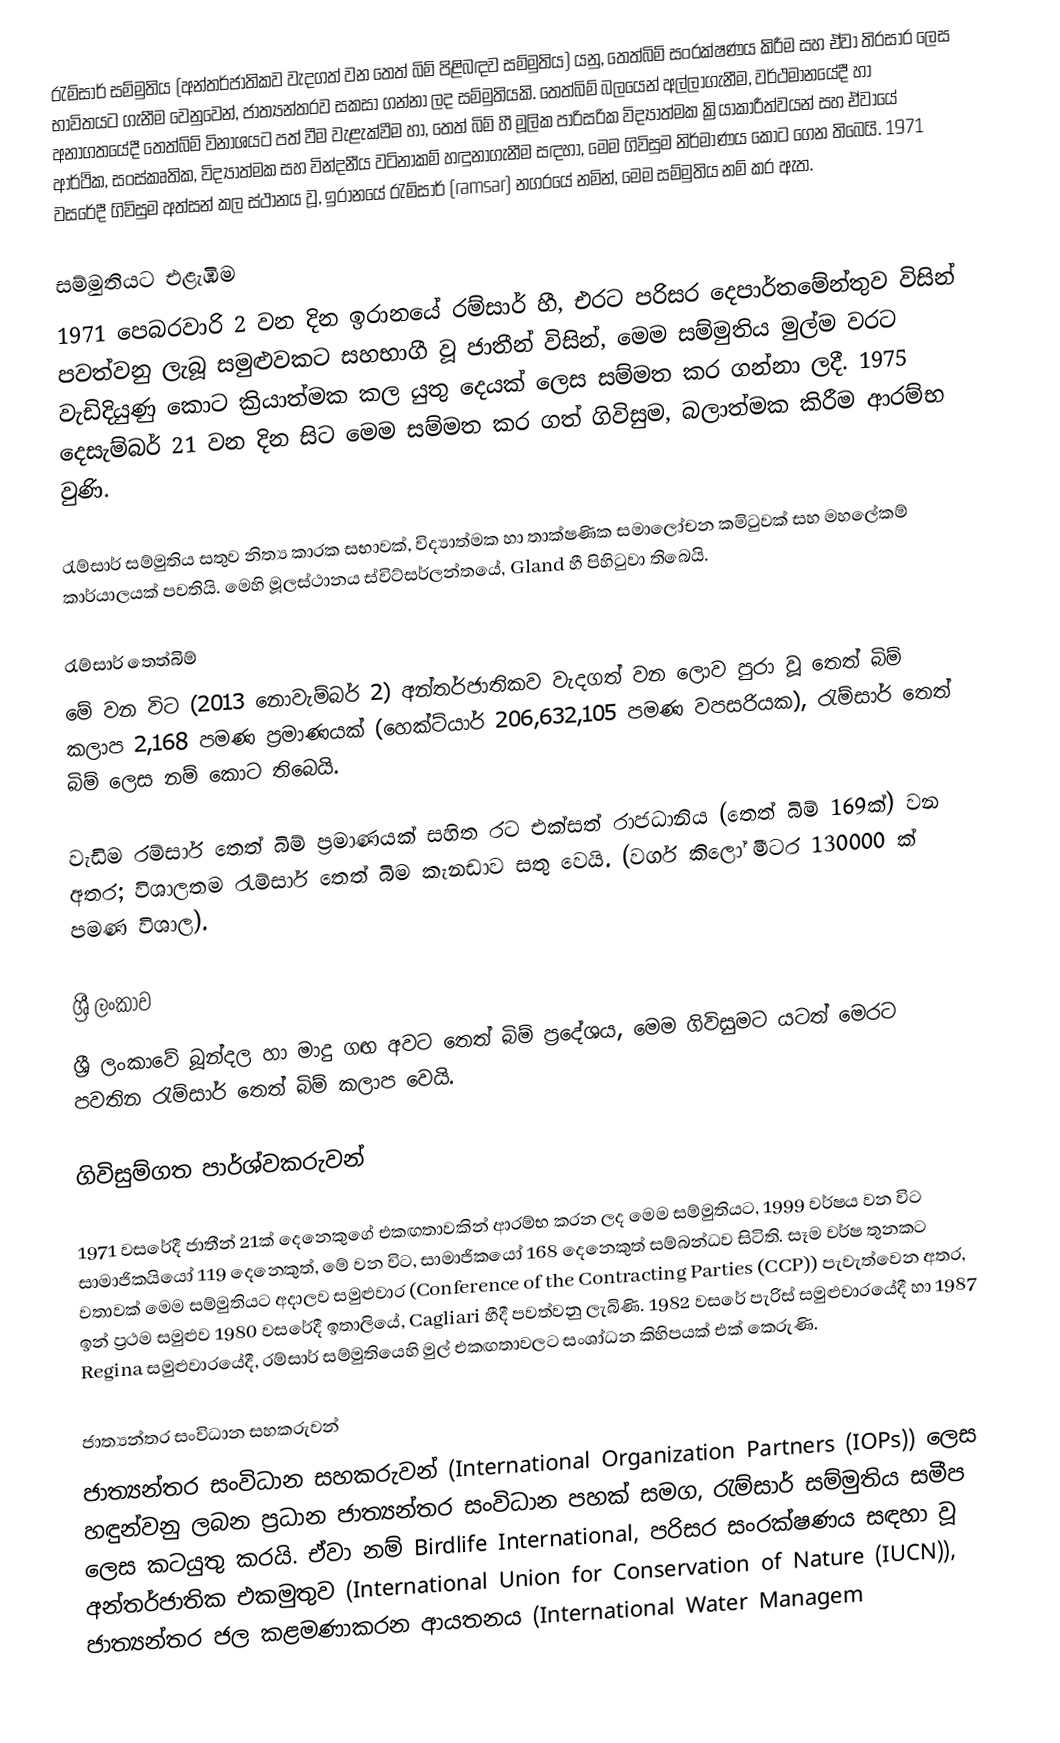
රැම්සාර් සම්මුතිය (අන්තර්ජාතිකව වැදගත් වන තෙත් බිම් පිළිබඳව සම්මුතිය) යනු, තෙත්බිම් සංරක්ෂණය කිරීම සහ ඒවා තිරසාර ලෙස භාවිතයට ගැනීම වෙනුවෙන්, ජාත්‍යන්තරව සකසා ගන්නා ලද සම්මුතියකි. තෙත්බිම් බලයෙන් අල්ලාගැනීම, වර්ථමානයේදී හා අනාගතයේදී තෙත්බ්ම් විනාශයට පත් වීම වැළැක්වීම හා, තෙත් බිම් හී මූලික පාරිසරික විද්‍යාත්මක ක්‍රියාකාරීත්වයන් සහ ඒවායේ ආර්ථික, සංස්කෘතික, විද්‍යාත්මක සහ වින්දනීය වටිනාකම් හඳුනාගැනීම සඳහා, මෙම ගිවිසුම නිර්මාණය කොට ගෙන තිබෙයි. 1971 වසරේදී ගිවිසුම අත්සන් කල ස්ථානය වූ, ඉරානයේ රැම්සාර් (ramsar) නගරයේ නමින්, මෙම සම්මුතිය නම් කර ඇත.

සම්මුතියට එළැඹීම
1971 පෙබරවාරි 2 වන දින ඉරානයේ රම්සාර් හී, එරට පරිසර දෙපාර්තමේන්තුව විසින් පවත්වනු ලැබූ සමුළුවකට සහභාගී වූ ජාතීන් විසින්, මෙම සම්මුතිය මුල්ම වරට වැඩිදියුණු කොට ක්‍රියාත්මක කල යුතු දෙයක් ලෙස සම්මත කර ගන්නා ලදී. 1975 දෙසැම්බර් 21 වන දින සිට මෙම සම්මත කර ගත් ගිවිසුම, බලාත්මක කිරීම ආරම්භ වුණි.

රැම්සාර් සම්මුතිය සතුව නිත්‍ය කාරක සභාවක්, විද්‍යාත්මක හා තාක්ෂණික සමාලෝචන කමිටුවක් සහ මහලේකම් කාර්යාලයක් පවතියි. මෙහි මූලස්ථානය ස්විට්සර්ලන්තයේ, Gland හී පිහිටුවා තිබෙයි.

රැම්සාර් තෙත්බිම්
මේ වන විට (2013 නොවැම්බර් 2) අන්තර්ජාතිකව වැදගත් වන ලොව පුරා වූ තෙත් බිම් කලාප 2,168 පමණ ප්‍රමාණයක් (හෙක්ට්යාර් 206,632,105 පමණ වපසරියක), රැම්සාර් තෙත් බිම් ලෙස නම් කොට තිබෙයි.

වැඩිම රම්සාර් තෙත් බිම් ප්‍රමාණයක් සහිත රට එක්සත් රාජධානිය (තෙත් බිම් 169ක්) වන අතර; විශාලතම රැම්සාර් තෙත් බිම කැනඩාව සතු වෙයි. (වර්ග කිලෝ මීටර 130000 ක් පමණ විශාල).

ශ්‍රී ලංකාව
ශ්‍රී ලංකාවේ බූන්දල හා මාදු ගඟ අවට තෙත් බිම් ප්‍රදේශය, මෙම ගිවිසුමට යටත් මෙරට පවතින රැම්සාර් තෙත් බිම් කලාප වෙයි.

ගිවිසුම්ගත පාර්ශ්වකරුවන්

1971 වසරේදී ජාතීන් 21ක් දෙනෙකුගේ එකඟතාවකින් ආරම්භ කරන ලද මෙම සම්මුතියට, 1999 වර්ෂය වන විට සාමාජිකයියෝ 119 දෙනෙකුත්, මේ වන විට, සාමාජිකයෝ 168 දෙනෙකුත් සම්බන්ධව සිටිති. සෑම වර්ෂ තුනකට වතාවක් මෙම සම්මුතියට අදාලව සමුළුවාර (Conference of the Contracting Parties (CCP)) පැවැත්වෙන අතර, ඉන් ප්‍රථම සමුළුව 1980 වසරේදී ඉතාලියේ, Cagliari හීදී පවත්වනු ලැබිණි. 1982 වසරේ පැරිස් සමුළුවාරයේදී හා 1987 Regina සමුළුවාරයේදී, රම්සාර් සම්මුතියෙහි මුල් එකඟතාවලට සංශා්ධන කිහිපයක් එක් කෙරුණි.

ජාත්‍යන්තර සංවිධාන සහකරුවන්
ජාත්‍යන්තර සංවිධාන සහකරුවන් (International Organization Partners (IOPs)) ලෙස හඳුන්වනු ලබන ප්‍රධාන ජාත්‍යන්තර සංවිධාන පහක් සමග, රැම්සාර් සම්මුතිය සමීප ලෙස කටයුතු කරයි. ඒවා නම් Birdlife International, පරිසර සංරක්ෂණය සඳහා වූ අන්තර්ජාතික එකමුතුව (International Union for Conservation of Nature (IUCN)), ජාත්‍යන්තර ජල කළමණාකරන ආයතනය (International Water Managem